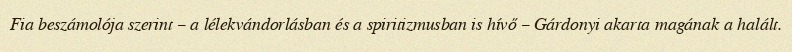
Fia beszámolója szerint – a lélekvándorlásban és a spiritizmusban is hívő – Gárdonyi akarta magának a halált.